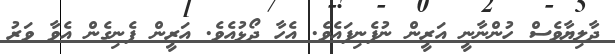
ދާލިޔާވެސް ހުންނާނީ އަރީން ނުފެނިފައެވެ. އެހާ ދޯޅުއެވެ. އަރީން ފެނިގެން އެވާ ވަރު